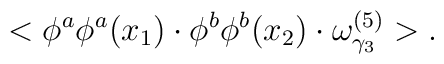
<\phi^a\phi^a(x_1)\cdot \phi^b\phi^b(x_2)\cdot\omega^{(5)}_{\gamma_3}>.